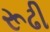
રૂઢી